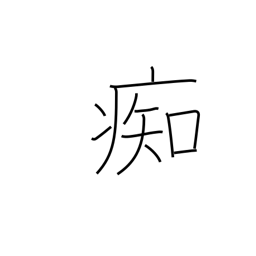
Meaning: stupid